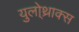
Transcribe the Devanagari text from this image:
युलो्थ्राक्स